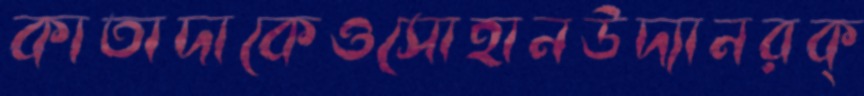
কাতাদাকেওসোহানউদ্যানরক্